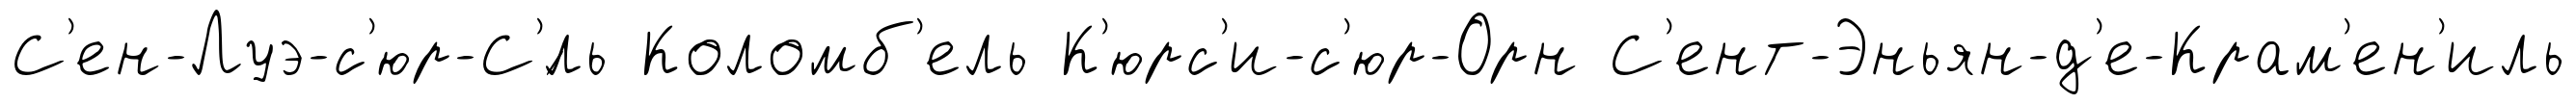
С'ен-Луэ-с'юр-С'́ль Коломб'ель К'юрс'и-с'юр-Орн С'ент-Эньян-д'е-Крам'ен'иль